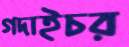
গদাইচর